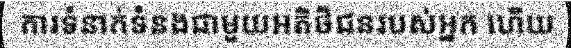
ការទំនាក់ទំនងជាមួយអតិថិជនរបស់អ្នក ហើយ